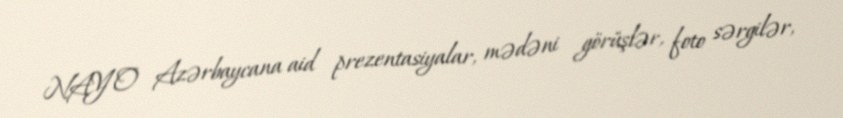
NAYO Azərbaycana aid prezentasiyalar, mədəni görüşlər, foto sərgilər,